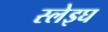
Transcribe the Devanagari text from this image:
स्लेइघ